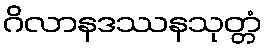
ဂိလာနဒဿနသုတ္တံ